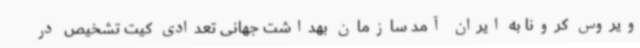
ویروس کرونا به ایران آمد سازمان بهداشت جهانی تعدادی کیت تشخیص در